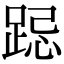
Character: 跽